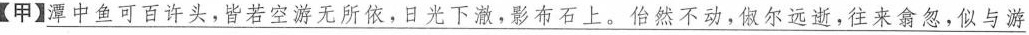
【甲】\underline{潭中鱼可百许头，皆若空游无所依，日光下澈，影布石上。怡然不动，似尔远逝，往来翕忽，似与游}